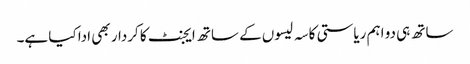
ساتھ ہی دو اہم ریاستی کاسہ لیسوں کے ساتھ ایجنٹ کا کردار بھی ادا کیا ہے۔